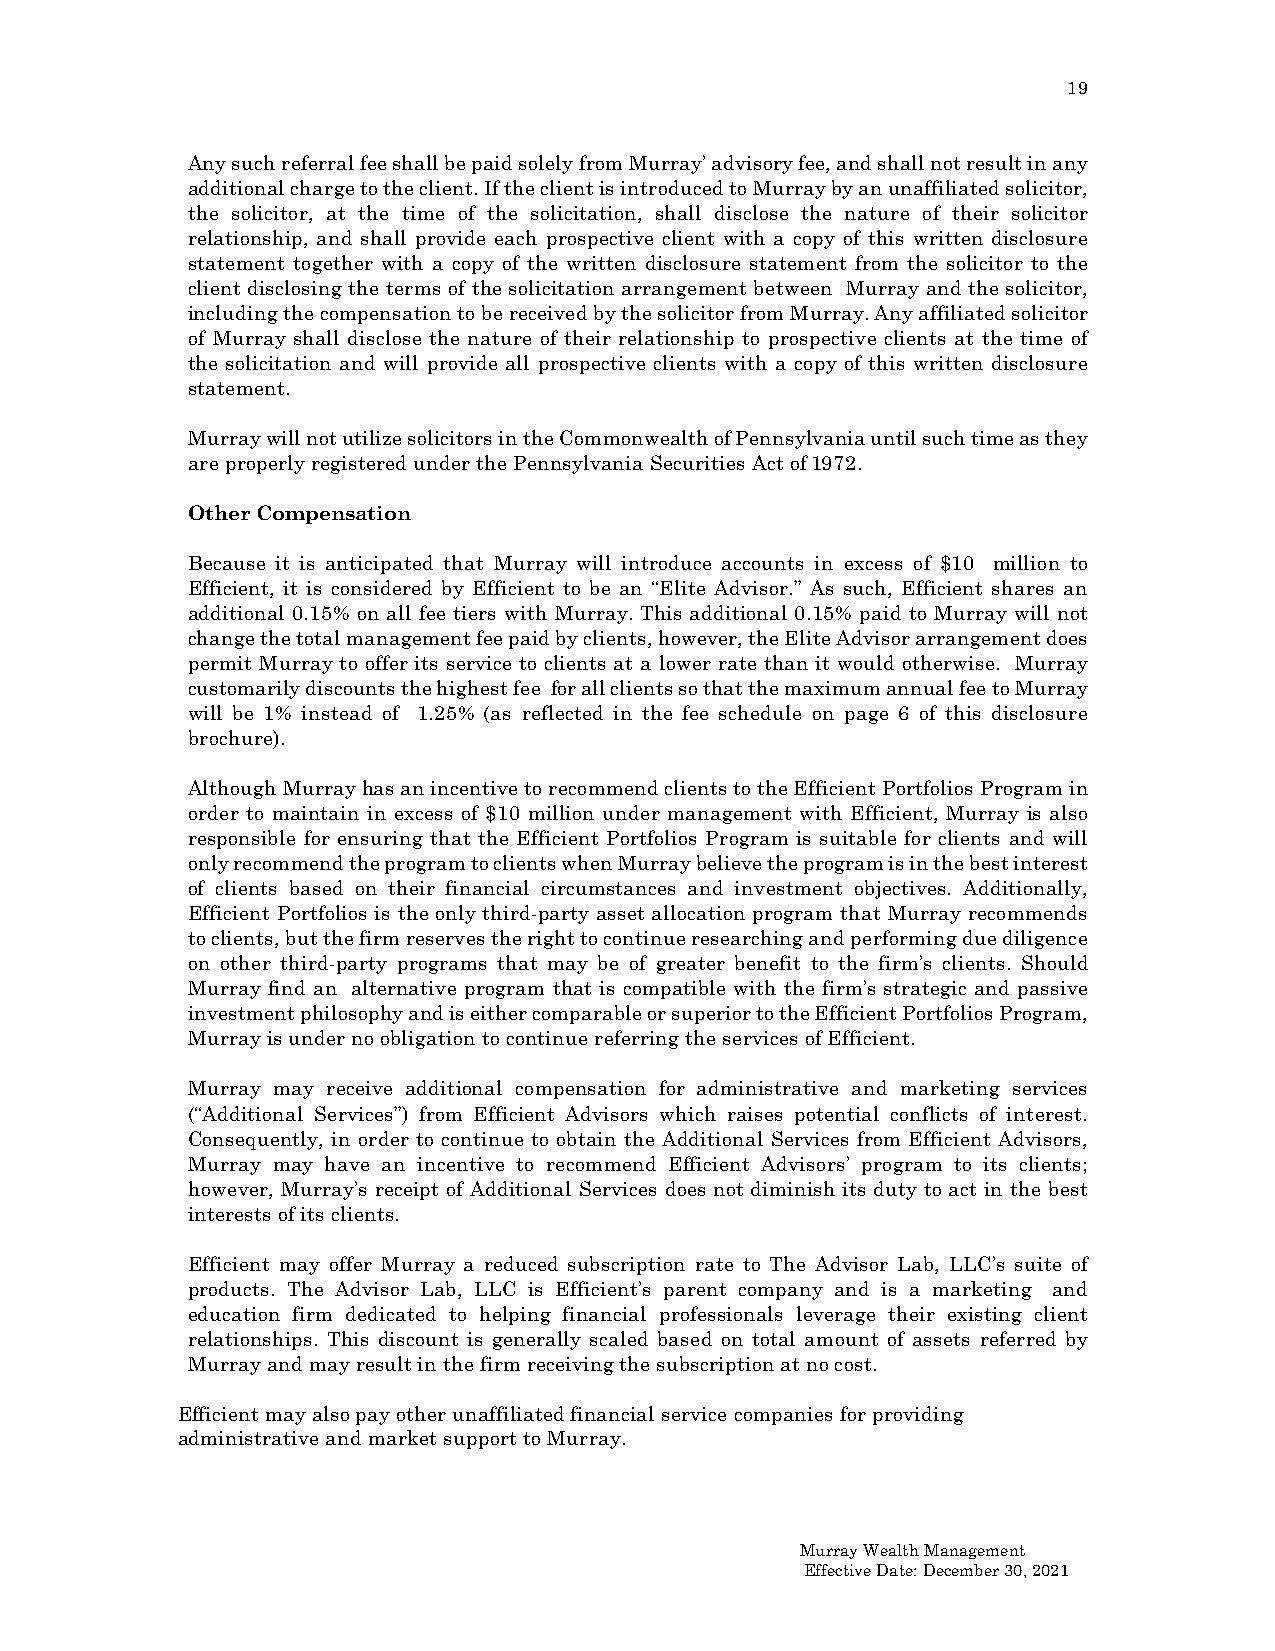
19
 Any such referral fee shall be paid solely from Murray’ advisory fee, and shall not result in any
 additional charge to the client. If the client is introduced to Murray by an unaffiliated solicitor,
 the solicitor, at the time of the solicitation, shall disclose the nature of their solicitor
 relationship, and shall provide each prospective client with a copy of this written disclosure
 statement together with a copy of the written disclosure statement from the solicitor to the
 client disclosing the terms of the solicitation arrangement between Murray and the solicitor,
 including the compensation to be received by the solicitor from Murray. Any affiliated solicitor
 of Murray shall disclose the nature of their relationship to prospective clients at the time of
 the solicitation and will provide all prospective clients with a copy of this written disclosure
 statement.
 Murray will not utilize solicitors in the Commonwealth of Pennsylvania until such time as they
 are properly registered under the Pennsylvania Securities Act of 1972.
 Other Compensation
 Because it is anticipated that Murray will introduce accounts in excess of $10 million to
 Efficient, it is considered by Efficient to be an “Elite Advisor.” As such, Efficient shares an
 additional 0.15% on all fee tiers with Murray. This additional 0.15% paid to Murray will not
 change the total management fee paid by clients, however, the Elite Advisor arrangement does
 permit Murray to offer its service to clients at a lower rate than it would otherwise. Murray
 customarily discounts the highest fee for all clients so that the maximum annual fee to Murray
 will be 1% instead of 1.25% (as reflected in the fee schedule on page 6 of this disclosure
 brochure).
 Although Murray has an incentive to recommend clients to the Efficient Portfolios Program in
 order to maintain in excess of $10 million under management with Efficient, Murray is also
 responsible for ensuring that the Efficient Portfolios Program is suitable for clients and will
 only recommend the program to clients when Murray believe the program is in the best interest
 of clients based on their financial circumstances and investment objectives. Additionally,
 Efficient Portfolios is the only third-party asset allocation program that Murray recommends
 to clients, but the firm reserves the right to continue researching and performing due diligence
 on other third-party programs that may be of greater benefit to the firm’s clients. Should
 Murray find an alternative program that is compatible with the firm’s strategic and passive
 investment philosophy and is either comparable or superior to the Efficient Portfolios Program,
 Murray is under no obligation to continue referring the services of Efficient.
 Murray may receive additional compensation for administrative and marketing services
 (“Additional Services”) from Efficient Advisors which raises potential conflicts of interest.
 Consequently, in order to continue to obtain the Additional Services from Efficient Advisors,
 Murray may have an incentive to recommend Efficient Advisors’ program to its clients;
 however, Murray’s receipt of Additional Services does not diminish its duty to act in the best
 interests of its clients.
 Efficient may offer Murray a reduced subscription rate to The Advisor Lab, LLC’s suite of
 products. The Advisor Lab, LLC is Efficient’s parent company and is a marketing and
 education firm dedicated to helping financial professionals leverage their existing client
 relationships. This discount is generally scaled based on total amount of assets referred by
 Murray and may result in the firm receiving the subscription at no cost.
 Efficient may also pay other unaffiliated financial service companies for providing
 administrative and market support to Murray.
 Murray Wealth Management
 Effective Date: December 30, 2021